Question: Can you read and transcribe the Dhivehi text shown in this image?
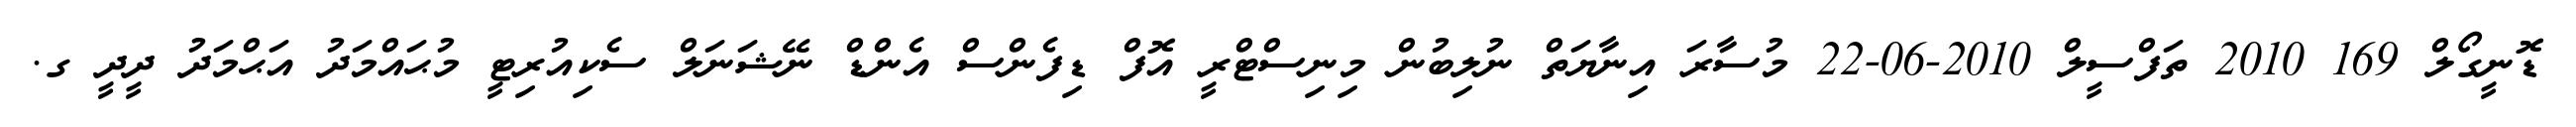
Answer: ޑޮނީގޯލް 169 2010 ތަފްސީލް 2010-06-22 މުސާރަ އިނާޔަތް ނުލިބުން މިނިސްޓްރީ އޮފް ޑިފެންސް އެންޑް ނޭޝަނަލް ސެކިއުރިޓީ މުޙައްމަދު އަޙްމަދު ދީދީ ގ.